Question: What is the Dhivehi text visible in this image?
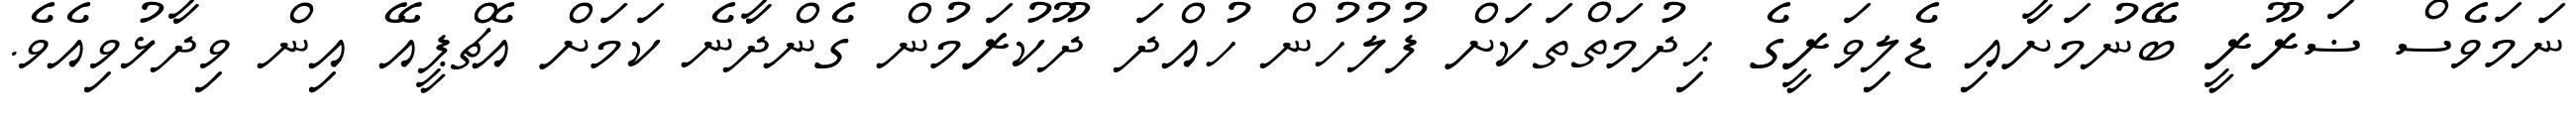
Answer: ނަމަވެސް ޟަރޫރީ ބޭނުމަށާއި ޑެލިވަރީގެ ޙިދުމަތްތަކަށް ފުލުހުން ހުއްދަ ދޫކުރަމުން ގެންދާނެ ކަމަށް އެޗްޕީއޭ އިން ވިދާޅުވިއެވެ.